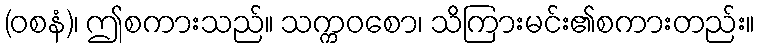
(ဝစနံ)၊ ဤစကားသည်။ သက္ကဝစော၊ သိကြားမင်း၏စကားတည်း။